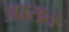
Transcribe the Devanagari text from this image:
आसत